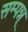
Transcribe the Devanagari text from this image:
सम्पन्न्